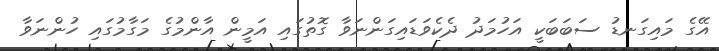
އޭގެ މައިގަނޑު ސަބަބަކީ އަހުމަދު ދެކެވަޑައިގަންނަވާ ގޮތުގައި އަމީން އާންމުގެ މަގާމުގައި ހުންނަވާ